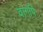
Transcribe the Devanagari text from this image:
वागपि